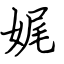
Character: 娓